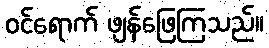
ဝင်ရောက် ဖျန်ဖြေကြသည်။